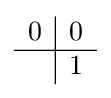
{\begin{array}{c|c}0&0\\\hline &1\\\end{array}}